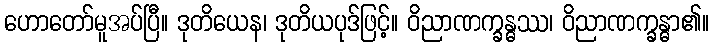
ဟောတော်မူအပ်ပြီ။ ဒုတိယေန၊ ဒုတိယပုဒ်ဖြင့်။ ဝိညာဏက္ခန္ဓဿ၊ ဝိညာဏက္ခန္ဓာ၏။